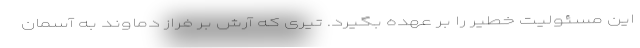
این مسئولیت خطیر را بر عهده بگیرد. تیری که آرش بر فراز دماوند به آسمان